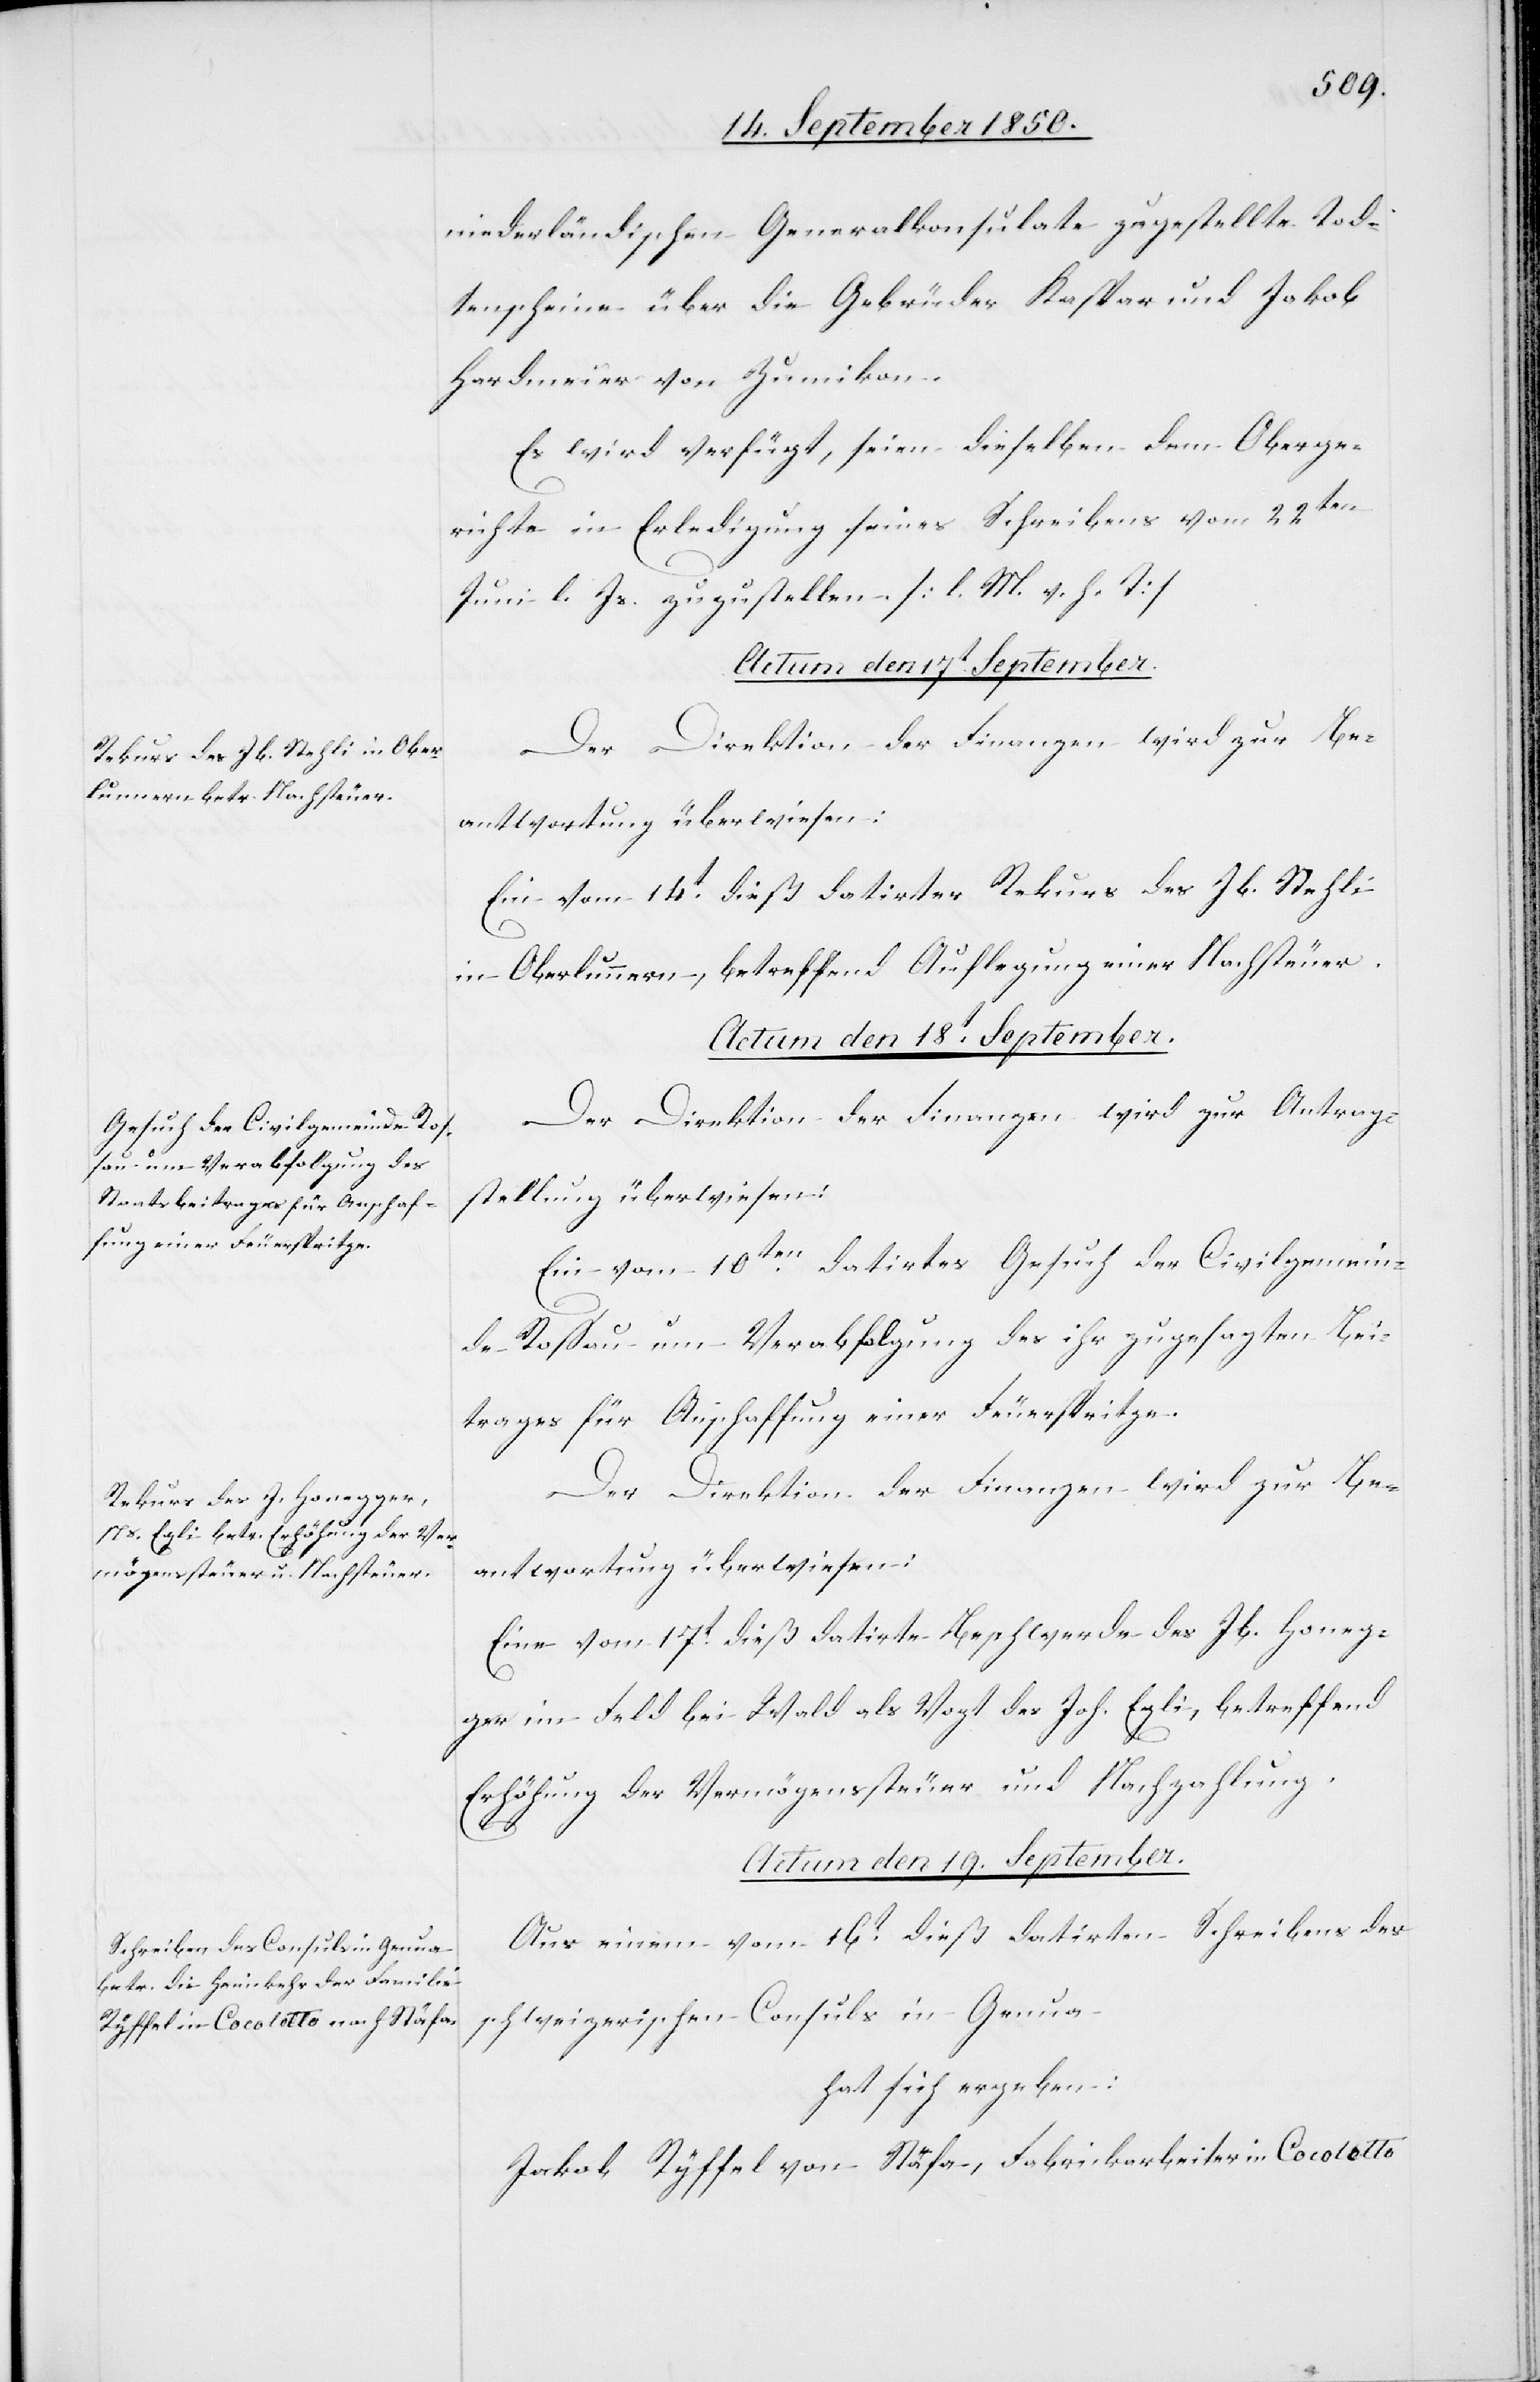
niederländischen Generalkonsulate zugestellte Tod¬
tenscheine über die Gebrüder Kaspar und Jakob
Hardmeier von Zumikon.
Es wird verfügt, seien dieselben dem Oberge¬
richte in Erledigung seines Schreibens vom 22ten
Juni l. Js. zuzustellen. [l. M. v. h. T]
Actum den 17t September.
Der Direktion der Finanzen wird zur Be¬
antwortung überwiesen:
Ein vom 14t dieß datirter Rekurs des Jb. Stehli
in Oberlunnern, betreffend Auflegung einer Nachsteuer.
Actum den 18t September.
Der Direktion der Finanzen wird zur Antrag¬
stellung überwiesen:
Ein vom 10ten datirtes Gesuch der Civilgemein¬
de Rossau um Verabfolgung des ihr zugesagten Bei¬
trages für Anschaffung einer Feuerspritze.
Eine vom 17t dieß datirte Beschwerde des Jb. Honeg¬
ger im Feld bei Wald als Vogt des Joh. Egli, betreffend
Erhöhung der Vermögenssteuer und Nachzahlung.
Actum den 19t September.
Aus einem vom 16t dieß datirten Schreibens des
schweizerischen Consuls in Genua
hat sich ergeben:
Jakob Ryffel von Stäfa, Fabrickarbeiter in Cocoletto